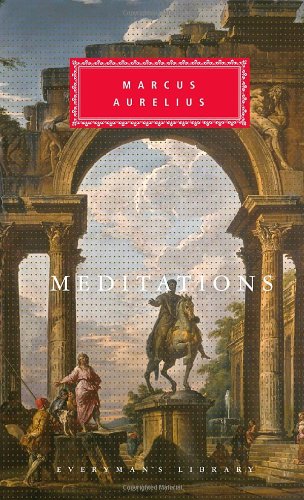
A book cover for Meditations (Everyman's Library (Cloth)); Marcus Aurelius; Politics & Social Sciences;